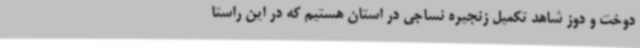
دوخت و دوز شاهد تکمیل زنجیره نساجی در استان هستیم که در این راستا